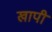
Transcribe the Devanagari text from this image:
खापी